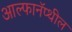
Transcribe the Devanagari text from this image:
आल्फानॅप्थील